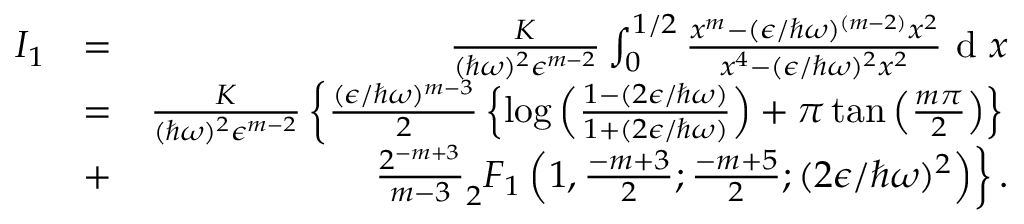
\begin{array} { r l r } { I _ { 1 } } & { = } & { \frac { K } { ( \hbar \omega ) ^ { 2 } \epsilon ^ { m - 2 } } \int _ { 0 } ^ { 1 / 2 } \frac { x ^ { m } - ( \epsilon / \hbar \omega ) ^ { ( m - 2 ) } x ^ { 2 } } { x ^ { 4 } - ( \epsilon / \hbar \omega ) ^ { 2 } x ^ { 2 } } \textrm { d } x } \\ & { = } & { \frac { K } { ( \hbar \omega ) ^ { 2 } \epsilon ^ { m - 2 } } \left\{ \frac { ( \epsilon / \hbar \omega ) ^ { m - 3 } } { 2 } \left\{ \log \left( \frac { 1 - ( 2 \epsilon / \hbar \omega ) } { 1 + ( 2 \epsilon / \hbar \omega ) } \right) + \pi \tan \left( \frac { m \pi } { 2 } \right) \right\} \right. } \\ & { + } & { \left. \frac { 2 ^ { - m + 3 } } { m - 3 } _ { 2 } F _ { 1 } \left( 1 , \frac { - m + 3 } { 2 } ; \frac { - m + 5 } { 2 } ; ( 2 \epsilon / \hbar \omega ) ^ { 2 } \right) \right\} . } \end{array}